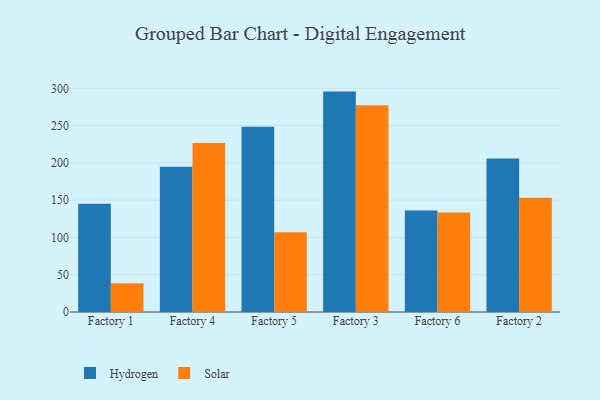
{"axis": {"x": "Factory", "y": "Net Income (USD K)"}, "legend": ["Hydrogen", "Solar"], "data": [{"x": "Factory 1", "y": 145.1, "type": "Hydrogen"}, {"x": "Factory 1", "y": 38.7, "type": "Solar"}, {"x": "Factory 4", "y": 195.0, "type": "Hydrogen"}, {"x": "Factory 4", "y": 226.8, "type": "Solar"}, {"x": "Factory 5", "y": 248.7, "type": "Hydrogen"}, {"x": "Factory 5", "y": 107.1, "type": "Solar"}, {"x": "Factory 3", "y": 295.7, "type": "Hydrogen"}, {"x": "Factory 3", "y": 277.5, "type": "Solar"}, {"x": "Factory 6", "y": 136.1, "type": "Hydrogen"}, {"x": "Factory 6", "y": 133.6, "type": "Solar"}, {"x": "Factory 2", "y": 206.0, "type": "Hydrogen"}, {"x": "Factory 2", "y": 153.2, "type": "Solar"}]}